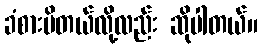
ခံစားမိတယ်လို့လည်း ဆိုပါတယ်။